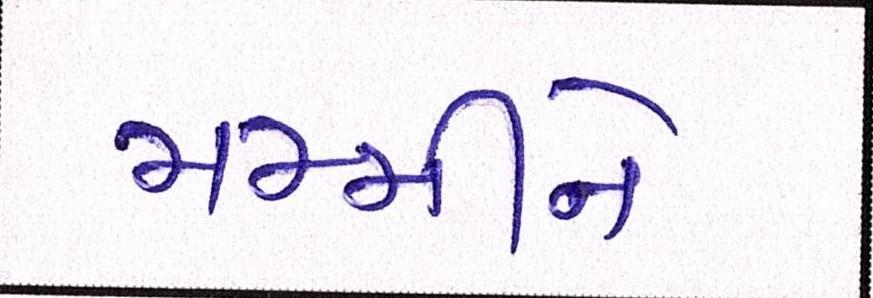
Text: મમ્મીને